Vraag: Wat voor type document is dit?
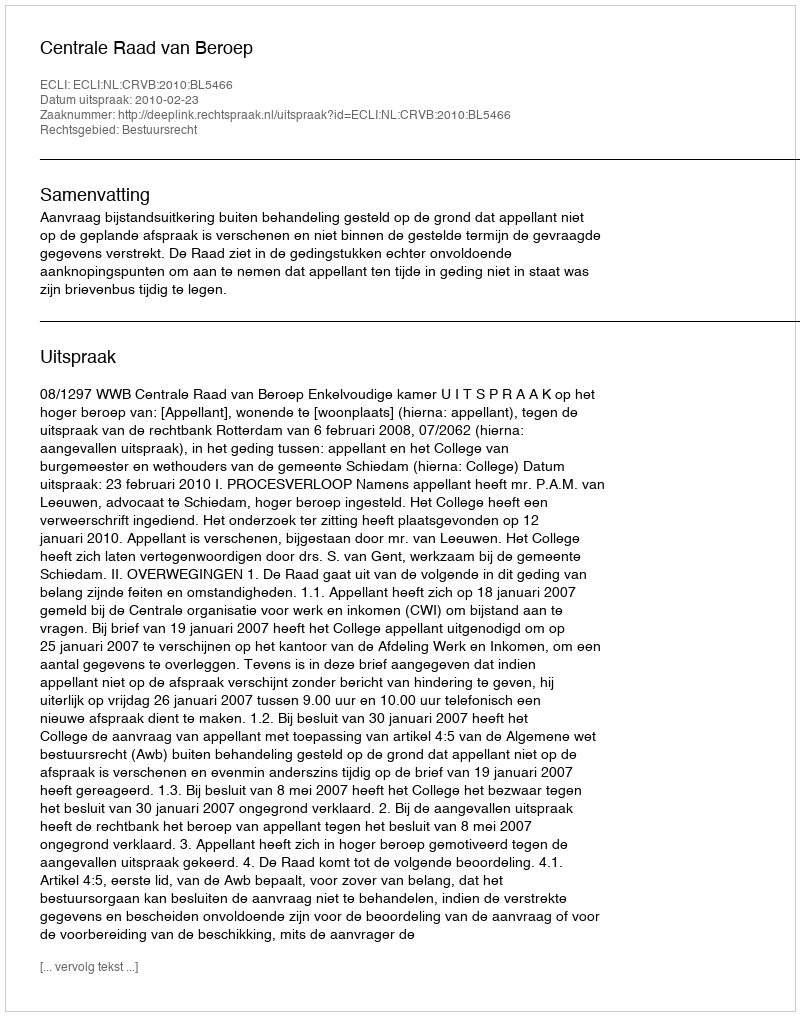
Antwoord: Uitspraak